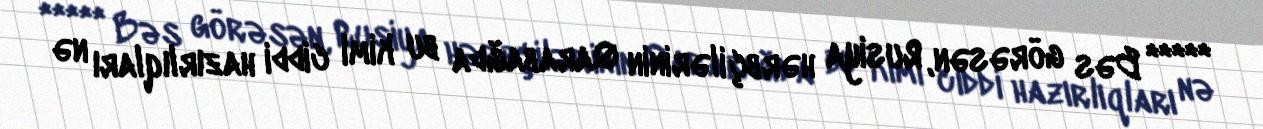
***** Bəs görəsən, Rusiya hərbçilərinin Qarabağda bu kimi ciddi hazırlıqları nə